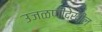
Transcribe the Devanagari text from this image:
उजळणीदेखील